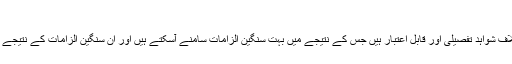
فیصلے کی گھڑی آگئی
اسلام آباد(مانیٹرنگ ڈیسک)الطاف حسین کے خلاف شواہد تفصیلی اور قابل اعتبار ہیں جس کے نتیجے میں بہت سنگین الزامات سامنے آسکتے ہیں اور ان سنگین الزامات کے نتیجے میں بانی ایم کیو ایم کو قید کی سزا ہوسکتی ہے۔